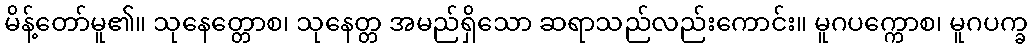
မိန့်တော်မူ၏။ သုနေတ္တောစ၊ သုနေတ္တ အမည်ရှိသော ဆရာသည်လည်းကောင်း။ မူဂပက္ကောစ၊ မူဂပက္ခ